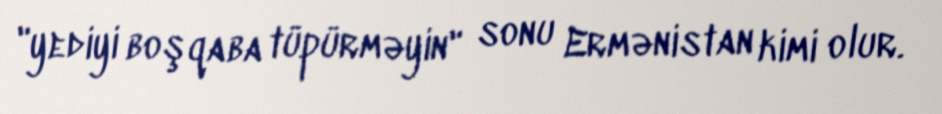
"yediyi boşqaba tüpürməyin" sonu Ermənistan kimi olur.